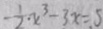
- \frac { 1 } { 2 } \cdot x ^ { 3 } - 3 x = 5